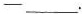
-___.